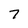
Character: 7